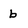
Character: b